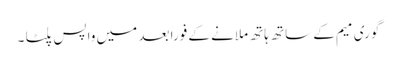
گوری میم کے ساتھ ہاتھ ملانے کے فوراً بعد میں واپس پلٹا ۔